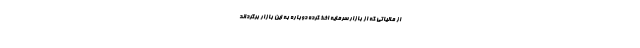
از مالیاتی که از بازار سرمایه اخذ کرده دوباره به این بازار برگرداند